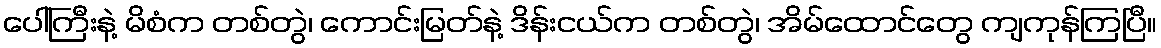
ပေါ်ကြီးနဲ့ မိစံက တစ်တွဲ၊ ကောင်းမြတ်နဲ့ ဒိန်းငယ်က တစ်တွဲ၊ အိမ်ထောင်တွေ ကျကုန်ကြပြီ။